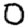
Digit: 0